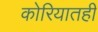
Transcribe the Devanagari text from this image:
कोरियातही